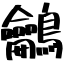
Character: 鸙